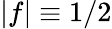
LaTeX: |f|\equiv 1/2